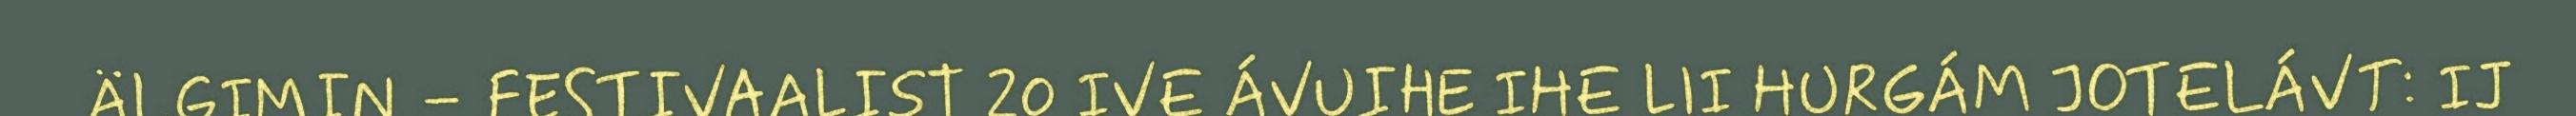
ÄLGIMIN – FESTIVAALIST 20 IVE ÁVUIHE IHE LII HURGÁM JOTELÁVT: IJ